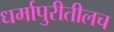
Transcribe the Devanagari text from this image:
धर्मापुरीतीलच